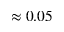
\approx 0 . 0 5